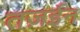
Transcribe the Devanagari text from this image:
तज़ईन